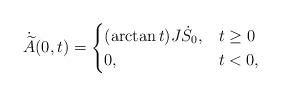
LaTeX: \begin{align*}\dot{\widetilde{A}}(0,t)=\begin{cases}(\arctan t)J\dot{S}_{0},&t\geq 0\\0,&t<0,\end{cases}\end{align*}